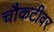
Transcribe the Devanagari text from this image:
चौकटीवर